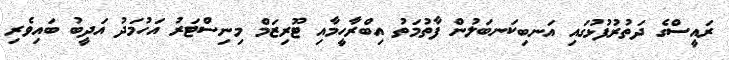
ރައީސްގެ ދަތުރުފުޅުގައި އަނބިކަނބަލުން ފާތުމަތު އިބްރާހީމާއި ޓޫރިޒަމް މިނިސްޓަރު އަހުމަދު އަދީބު ބައިވެރި